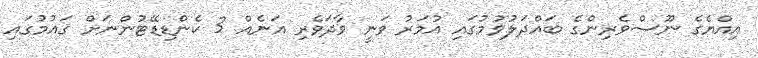
އިއްޔެގެ ނޫސްވެރިންގެ ބައްދަލުވުމުގައި އުމަރު ވަނީ ވާދަވެރި އަނެއް 3 ކެންޑިޑޭޓުންނަށް ޤައުމުގައި